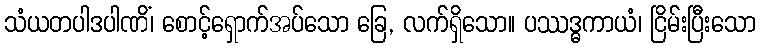
သံယတပါဒပါဏိံ၊ စောင့်ရှောက်အပ်သော ခြေ, လက်ရှိသော။ ပဿဒ္ဓကာယံ၊ ငြိမ်းပြီးသော